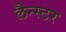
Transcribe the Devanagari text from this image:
लैन्स्टर